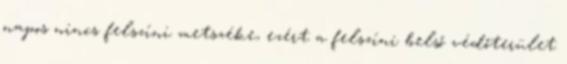
napos nincs felszíni metszéke, ezért a felszíni belső védőterület